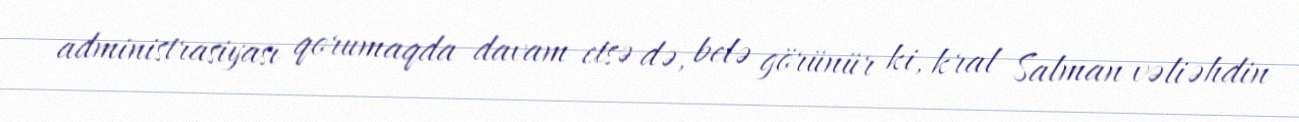
administrasiyası qorumaqda davam etsə də, belə görünür ki, kral Salman vəliəhdin